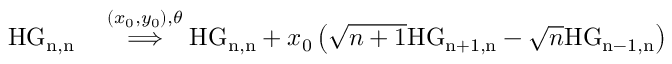
\begin{array} { r l } { \mathrm { H G _ { n , n } } } & { { } \overset { ( x _ { 0 } , y _ { 0 } ) , \theta } { \Longrightarrow } \mathrm { H G _ { n , n } } + x _ { 0 } \left( \sqrt { n + 1 } \mathrm { H G _ { n + 1 , n } } - \sqrt { n } \mathrm { H G _ { n - 1 , n } } \right) } \end{array}